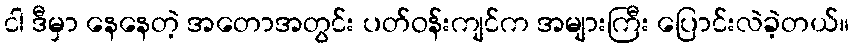
ငါ ဒီမှာ နေနေတဲ့ အတောအတွင်း ပတ်ဝန်းကျင်က အများကြီး ပြောင်းလဲခဲ့တယ်။